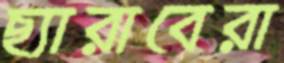
ছ্যারাবেরা